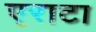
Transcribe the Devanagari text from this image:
एराटा